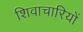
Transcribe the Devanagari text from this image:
शिवाचारियों